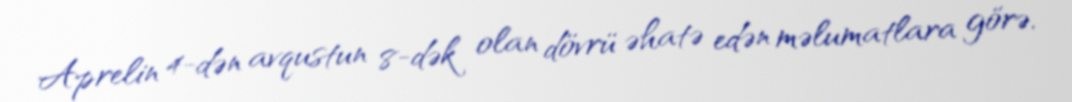
Aprelin 4-dən avqustun 8-dək olan dövrü əhatə edən məlumatlara görə,